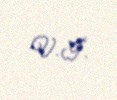
V.İ.